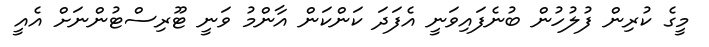
މީގެ ކުރިން ފުލުހުން ބުނެފައިވަނީ އެފަދަ ކަންކަން އާންމު ވަނީ ޓޫރިސްޓުންނަށް އެއީ